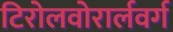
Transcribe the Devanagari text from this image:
टिरोलवोरार्लवर्ग